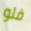
فلو